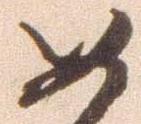
め